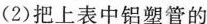
(2)把上表中铝塑管的